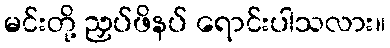
မင်းတို့ ညှပ်ဖိနပ် ရောင်းပါသလား။